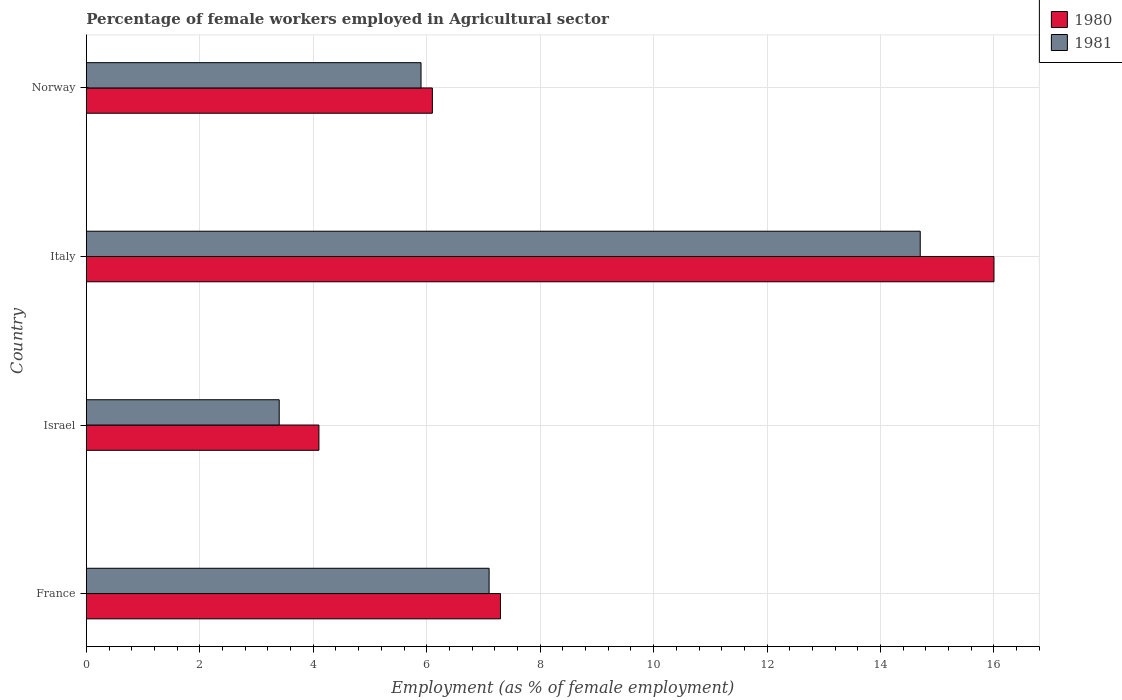
| Country | 1980 | 1981 |
 | --- | --- | --- |
 | France | 7.3 | 7.1 |
 | Israel | 4.1 | 3.4 |
 | Italy | 16 | 14.7 |
 | Norway | 6.1 | 5.9 |